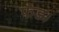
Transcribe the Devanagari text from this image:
फंड।